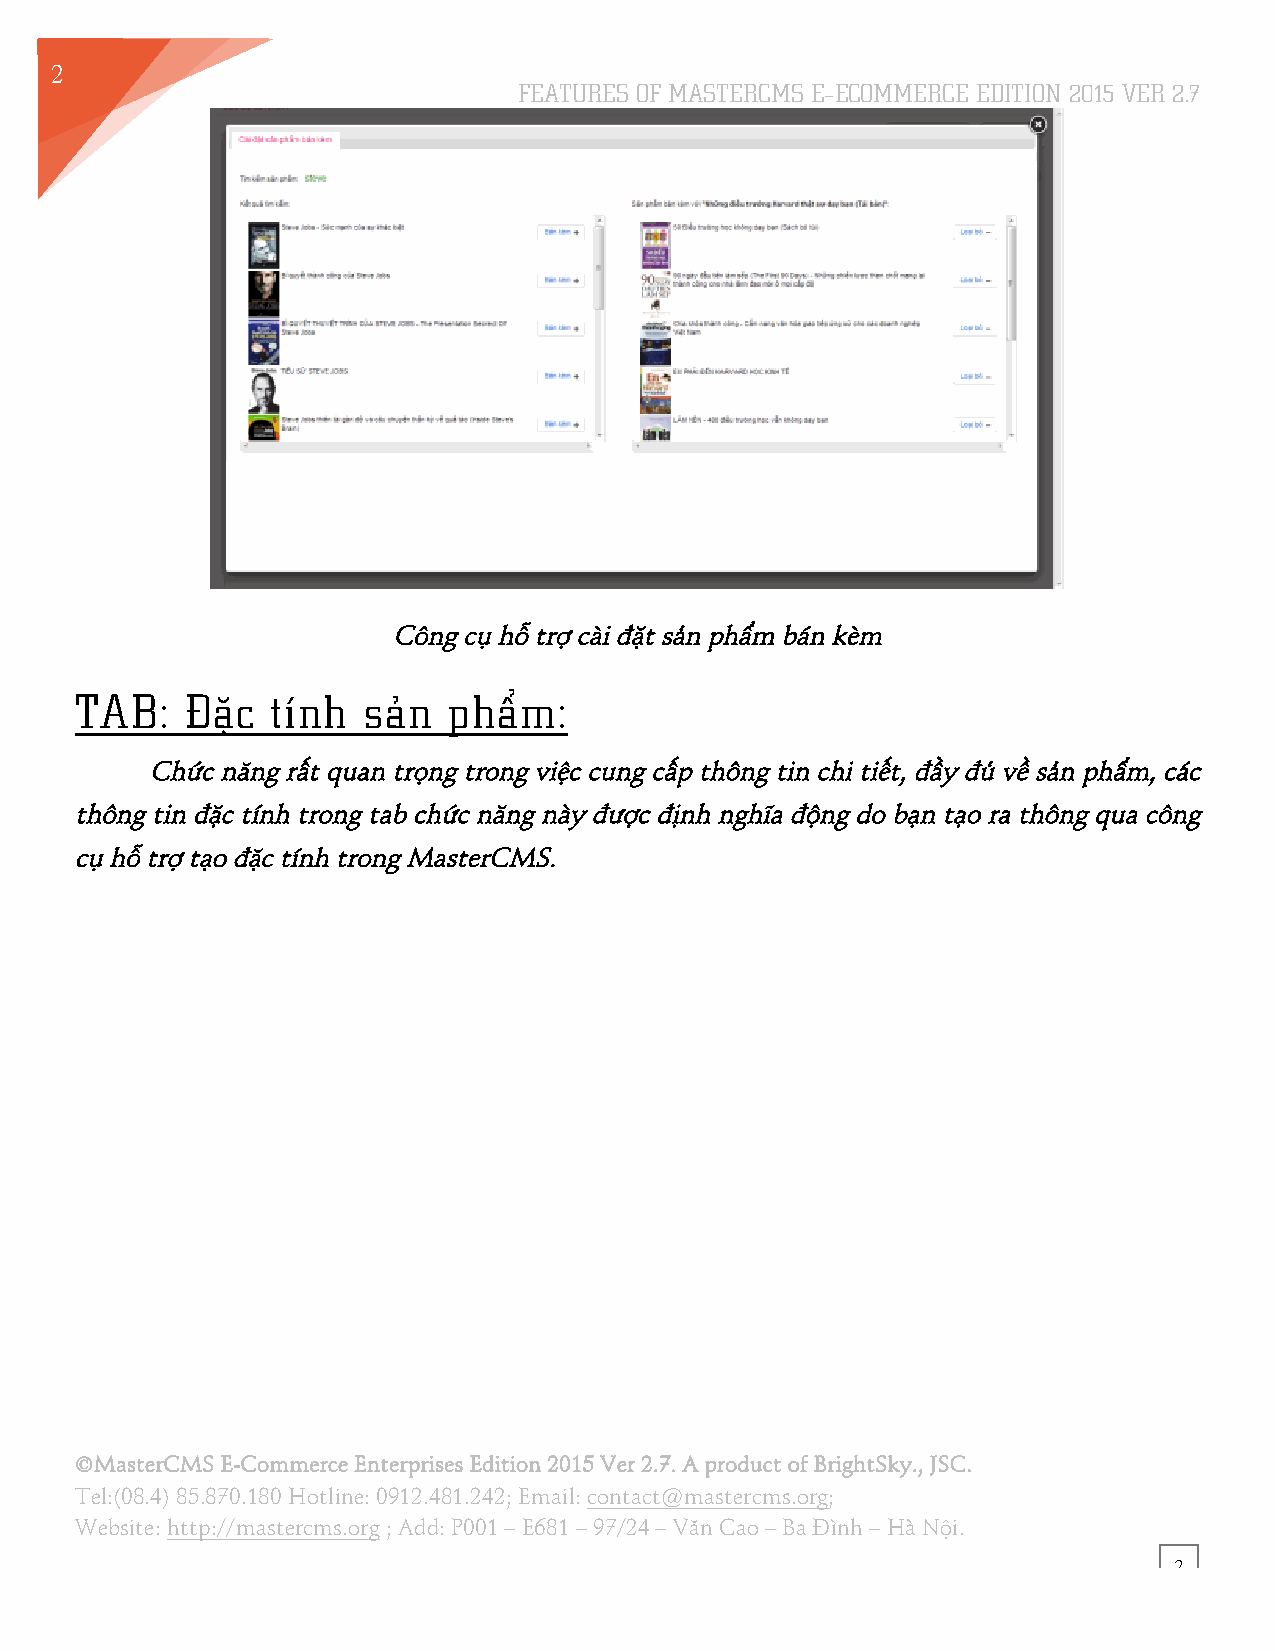
2
 FEATURES OF MASTERCMS E–ECOMMERCE EDITION 2015 VER 2.7
 8
 Công cụ hỗ trợ cài đặt sản phẩm bán kèm
 TAB:   Đặc   tính  sản   phẩm:
 Chức năng rất quan trọng trong việc cung cấp thông tin chi tiết, đầy đủ về sản phẩm, các
 thông tin đặc tính trong tab chức năng này được định nghĩa động do bạn tạo ra thông qua công
 cụ hỗ trợ tạo đặc tính trong MasterCMS.
 ©MasterCMS E-Commerce Enterprises Edition 2015 Ver 2.7. A product of BrightSky., JSC.
 Tel:(08.4) 85.870.180 Hotline: 0912.481.242; Email: contact@mastercms.org;
 Website: http://mastercms.org ; Add: P001 – E681 – 97/24 – Văn Cao – Ba Đình – Hà Nội.
 2